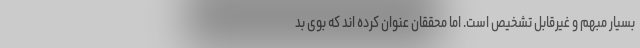
بسیار مبهم و غیرقابل تشخیص است. اما محققان عنوان کرده اند که بوی بد